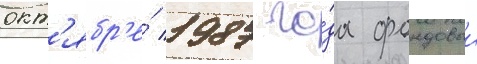
окт'ябр'е́ 1987 го́да фондовыи